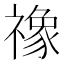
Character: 𮂚